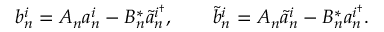
b _ { n } ^ { i } = A _ { n } a _ { n } ^ { i } - B _ { n } ^ { * } \tilde { a } _ { n } ^ { i ^ { \dagger } } , \qquad \tilde { b } _ { n } ^ { i } = A _ { n } \tilde { a } _ { n } ^ { i } - B _ { n } ^ { * } a _ { n } ^ { i ^ { \dagger } } .